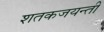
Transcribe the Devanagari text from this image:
शतकजयन्ती